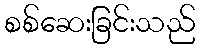
စစ်ဆေးခြင်းသည်